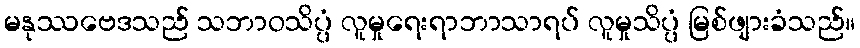
မနုဿဗေဒသည် သဘာဝသိပ္ပံ လူမှုရေးရာဘာသာရပ် လူမှုသိပ္ပံ မြစ်ဖျားခံသည်။